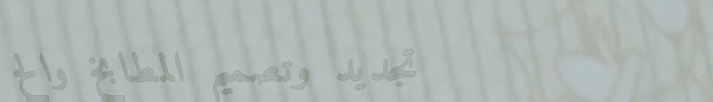
تجديد وتصميم المطابخ والح